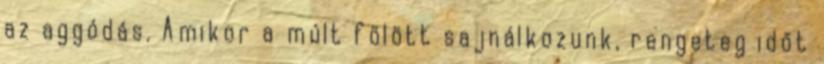
az aggódás. Amikor a múlt fölött sajnálkozunk, rengeteg időt